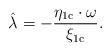
LaTeX: \begin{align*}\hat{\lambda} = - \frac{\eta_{\mathrm{1c}} \cdot \omega}{\xi_{\mathrm{1c}}}.\end{align*}